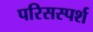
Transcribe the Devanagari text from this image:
परिसस्पर्श